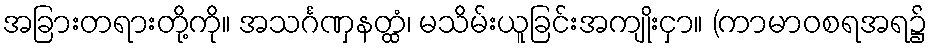
အခြားတရားတို့ကို။ အသင်္ဂဏှနတ္ထံ၊ မသိမ်းယူခြင်းအကျိုးငှာ။ (ကာမာဝစရအရ၌